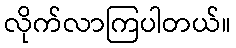
လိုက်လာကြပါတယ်။